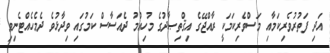
އަދި ފަތުރުވެރިކަމާއި މަސްވެރިކަމަކީ ރާއްޖޭގެ އިޤްތިޞާދުގެ މުހިއްމު ދެއަސާސް ކަމުގައި ވިދާޅުވެ ދެމެހެއްޓެނިވި